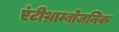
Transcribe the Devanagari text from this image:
एंटीथ्राम्बोजनिक